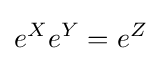
e^{X}e^{Y}=e^{Z}